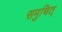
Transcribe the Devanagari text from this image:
समुचित्